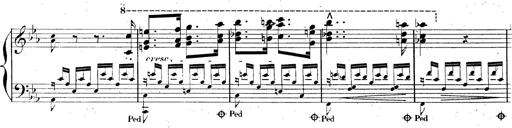
Title: AnnÃ©es de pÃ¨lerinage II, SupplÃ©ment
Composer: Franz Liszt